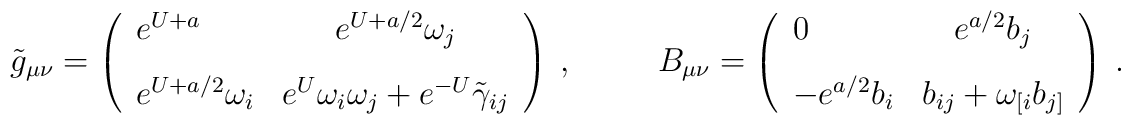
\tilde{g}_{\mu\nu} = \left (\begin{array}{lc} e^{U+a} &e^{U+a/2}\omega_j \\[9pt]e^{U+a/2}\omega_i &  e^U\omega_i \omega_j + e^{-U}\tilde{\gamma}_{ij}\end{array}\right) \ , \hspace{30pt} B_{\mu\nu}=\left (\begin{array}{lc} 0 &e^{a/2} b_j \\[9pt] - e^{a/2} b_i & b_{ij}+\omega_{[i}b_{j]} \end{array} \right) \ .